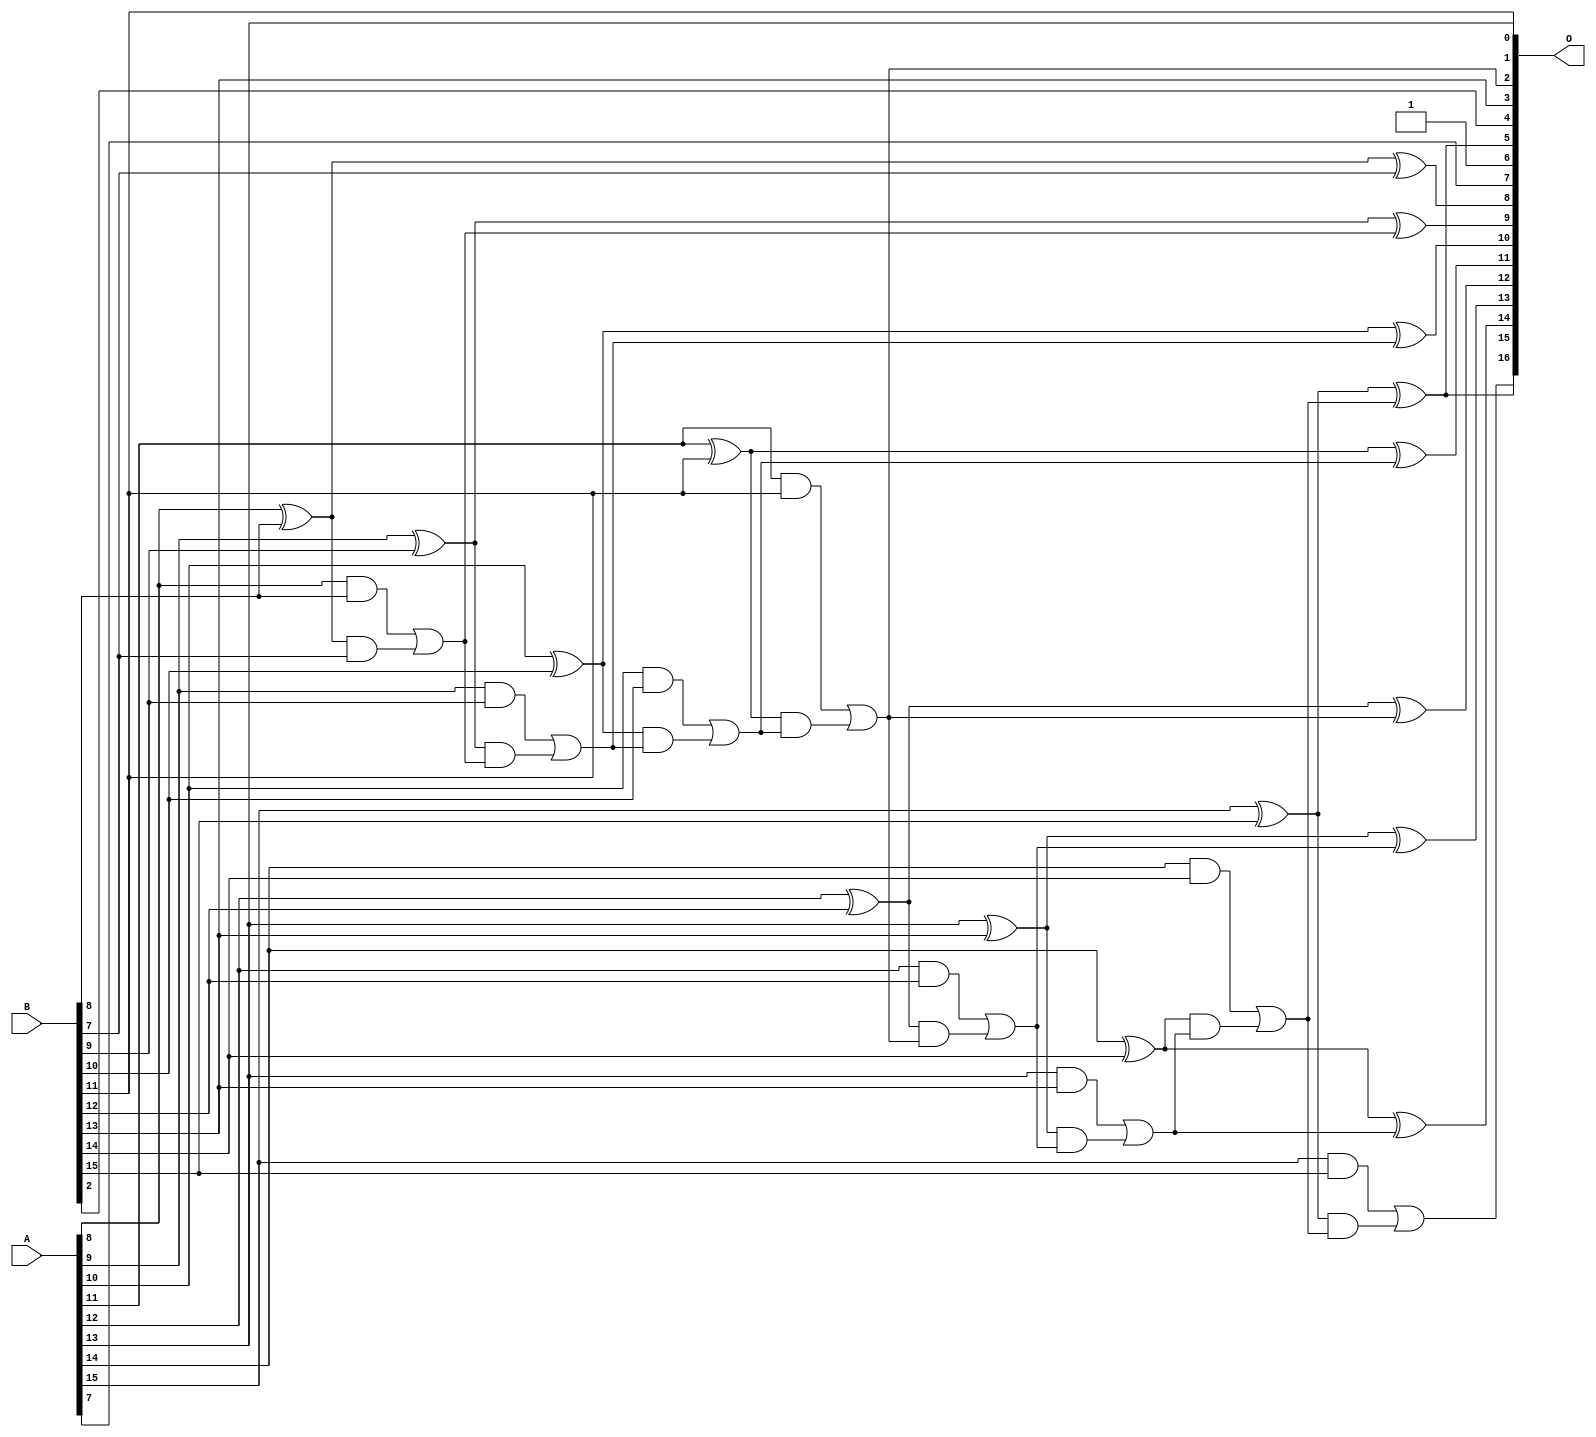
/***
* This code is a part of EvoApproxLib library (ehw.fit.vutbr.cz/approxlib) distributed under The MIT License.
* When used, please cite the following article(s):  
* This file contains a circuit from a sub-set of pareto optimal circuits with respect to the pwr and mre parameters
***/
// MAE% = 0.057 %
// MAE = 75 
// WCE% = 0.19 %
// WCE = 251 
// WCRE% = 6300.00 %
// EP% = 99.61 %
// MRE% = 0.16 %
// MSE = 8209 
// PDK45_PWR = 0.036 mW
// PDK45_AREA = 71.3 um2
// PDK45_DELAY = 0.68 ns


module add16u_0M0(A, B, O);
  input [15:0] A, B;
  output [16:0] O;
  wire sig_69, sig_70, sig_71, sig_73, sig_74, sig_75;
  wire sig_76, sig_78, sig_79, sig_80, sig_81, sig_83;
  wire sig_84, sig_85, sig_86, sig_89, sig_90, sig_91;
  wire sig_93, sig_94, sig_95, sig_96, sig_98, sig_99;
  wire sig_100, sig_101, sig_103, sig_104, sig_105, sig_106;
  assign O[6] = 1'b1;
  assign sig_69 = A[8] ^ B[8];
  assign sig_70 = A[8] & B[8];
  assign sig_71 = sig_69 & B[7];
  assign O[8] = sig_69 ^ B[7];
  assign sig_73 = sig_70 | sig_71;
  assign sig_74 = A[9] ^ B[9];
  assign sig_75 = A[9] & B[9];
  assign sig_76 = sig_74 & sig_73;
  assign O[9] = sig_74 ^ sig_73;
  assign sig_78 = sig_75 | sig_76;
  assign sig_79 = A[10] ^ B[10];
  assign sig_80 = A[10] & B[10];
  assign sig_81 = sig_79 & sig_78;
  assign O[10] = sig_79 ^ sig_78;
  assign sig_83 = sig_80 | sig_81;
  assign sig_84 = A[11] ^ B[11];
  assign sig_85 = A[11] & B[11];
  assign sig_86 = sig_84 & sig_83;
  assign O[11] = sig_84 ^ sig_83;
  assign O[2] = sig_85 | sig_86;
  assign sig_89 = A[12] ^ B[12];
  assign sig_90 = A[12] & B[12];
  assign sig_91 = sig_89 & O[2];
  assign O[12] = sig_89 ^ O[2];
  assign sig_93 = sig_90 | sig_91;
  assign sig_94 = A[13] ^ B[13];
  assign sig_95 = A[13] & B[13];
  assign sig_96 = sig_94 & sig_93;
  assign O[13] = sig_94 ^ sig_93;
  assign sig_98 = sig_95 | sig_96;
  assign sig_99 = A[14] ^ B[14];
  assign sig_100 = A[14] & B[14];
  assign sig_101 = sig_99 & sig_98;
  assign O[14] = sig_99 ^ sig_98;
  assign sig_103 = sig_100 | sig_101;
  assign sig_104 = A[15] ^ B[15];
  assign sig_105 = A[15] & B[15];
  assign sig_106 = sig_104 & sig_103;
  assign O[5] = sig_104 ^ sig_103;
  assign O[16] = sig_105 | sig_106;
  assign O[0] = B[11];
  assign O[1] = A[13];
  assign O[3] = B[13];
  assign O[4] = B[2];
  assign O[7] = A[7];
  assign O[15] = O[5];
endmodule